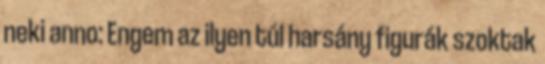
neki anno: Engem az ilyen túl harsány figurák szoktak